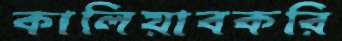
কালিয়াবকরি